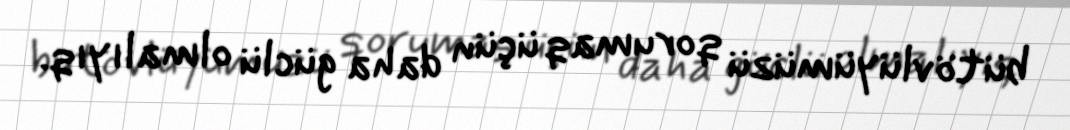
bütövlüyümüzü qorumaq üçün daha güclü olmalıyıq.